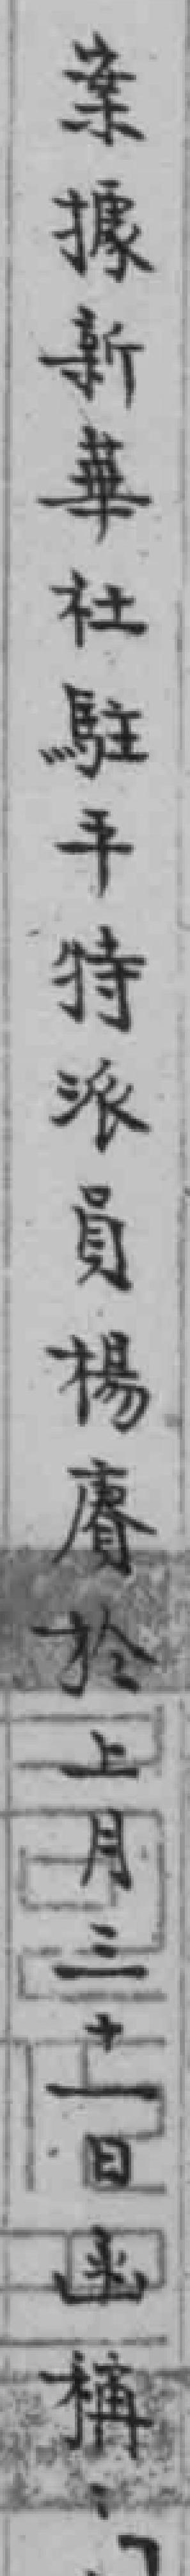
案據新華社駐平特派员楊賡於上月三十一日函稱：【